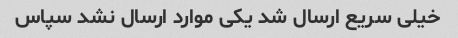
خیلی سریع ارسال شد یکی موارد ارسال نشد سپاس